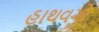
હાથવગો